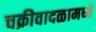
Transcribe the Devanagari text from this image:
चक्रीवादळामध्ये